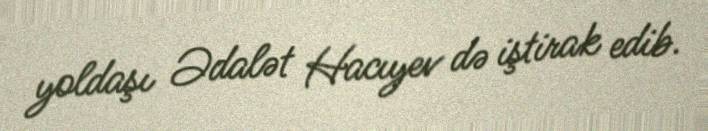
yoldaşı Ədalət Hacıyev də iştirak edib.